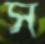
স